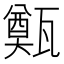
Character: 㽀